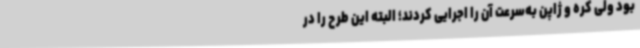
بود ولی کره و ژاپن به‌سرعت آن را اجرایی کردند؛ البته این طرح را در